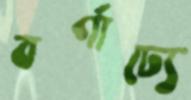
বর্ণাঢ্যে